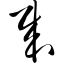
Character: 哉